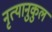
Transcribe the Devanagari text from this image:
नृत्यानुकुल